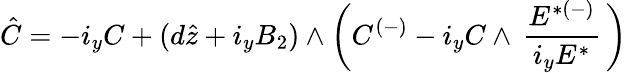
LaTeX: \hat{C}=-i_{y}C+(d\hat{z}+i_{y}B_{2})\wedge\left(C^{(-)}-i_{y}C\wedge\, {\frac{{E}^{{*}(-)}}{i_{y}{E}^{{*}}}}\, \right)\,